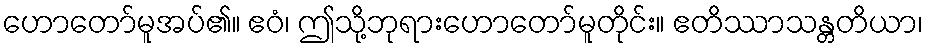
ဟောတော်မူအပ်၏။ ဧဝံ၊ ဤသို့ဘုရားဟောတော်မူတိုင်း။ ဧတိဿာသန္တတိယာ၊